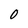
Character: O